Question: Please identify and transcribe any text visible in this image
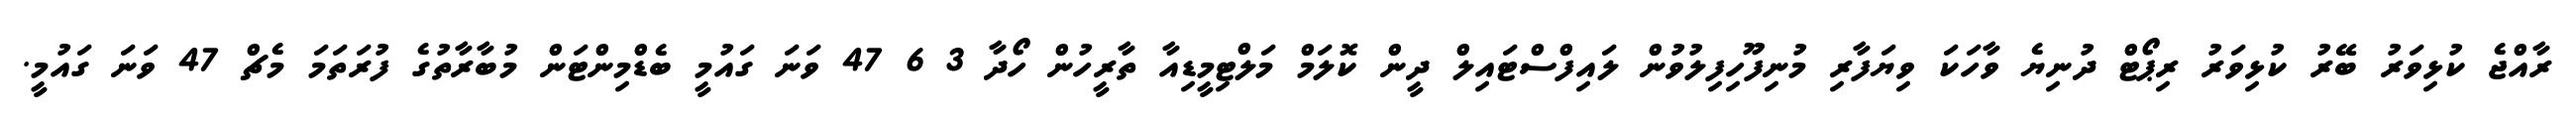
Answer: ރާއްޖެ ކުޅިވަރު ބޭރު ކުޅިވަރު ރިޕޯޓް ދުނިޔެ ވާހަކަ ވިޔަފާރި މުނިފޫހިފިލުވުން ލައިފްސްޓައިލް ދީން ކޮލަމް މަލްޓިމީޑިއާ ތާރީހުން ހޯދާ 3 6 47 ވަނަ ގައުމީ ބެޑްމިންޓަން މުބާރާތުގެ ފުރަތަމަ މެޗް 47 ވަނަ ގައުމީ.